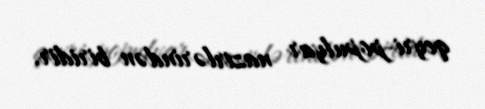
qeyri-populyar nazirlərindən biridir.